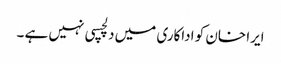
ایرا خان کو اداکاری میں دلچسپی نہیں ہے ۔